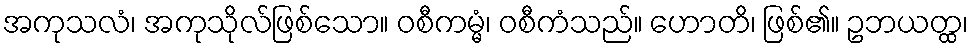
အကုသလံ၊ အကုသိုလ်ဖြစ်သော။ ဝစီကမ္မံ၊ ဝစီကံသည်။ ဟောတိ၊ ဖြစ်၏။ ဥဘယတ္ထ၊